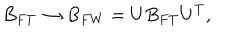
LaTeX: B _ { F T } \rightarrow B _ { F W } = U B _ { F T } U ^ { T } ,